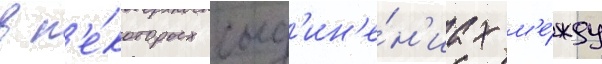
в н'е́которых соед'ин'е́н'иах м'е́жду